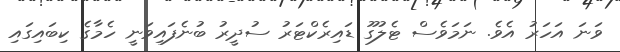
ވަނަ އަހަރު އެވެ. ނަމަވެސް ޓެލުގޫ ޑައިރެކްޓަރު ސުދީރު ބުނެފައިވަނީ ހެމާގެ ކިބައިގައި